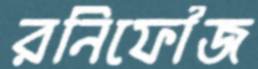
রনিফৌজ